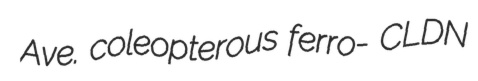
Ave. coleopterous ferro- CLDN